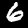
Digit: 6